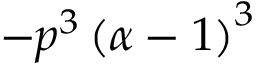
- p ^ { 3 } \left( \alpha - 1 \right) ^ { 3 }